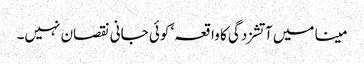
مینا میں آتشزدگی کا واقعہ‘ کوئی جانی نقصان نہیں۔